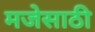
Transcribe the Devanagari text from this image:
मजेसाठी